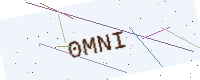
Text: 0MNI